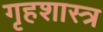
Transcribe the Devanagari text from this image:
गृहशास्त्र